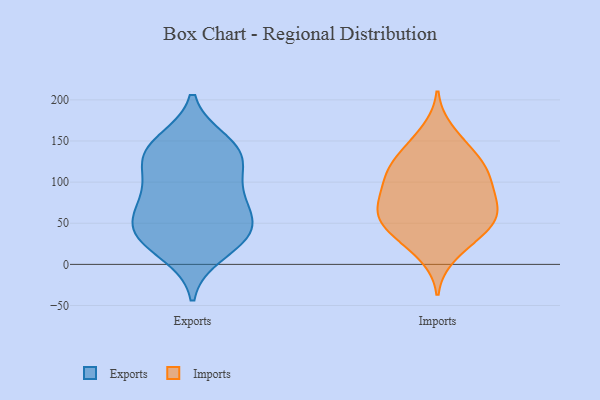
{"axis": {"x": "Latency (ms)", "y": "Value"}, "legend": ["Exports", "Imports"], "data": [{"x": "", "y": 124, "type": "Exports"}, {"x": "", "y": 79, "type": "Exports"}, {"x": "", "y": 86, "type": "Exports"}, {"x": "", "y": 14, "type": "Exports"}, {"x": "", "y": 34, "type": "Exports"}, {"x": "", "y": 31, "type": "Exports"}, {"x": "", "y": 46, "type": "Exports"}, {"x": "", "y": 47, "type": "Exports"}, {"x": "", "y": 84, "type": "Exports"}, {"x": "", "y": 148, "type": "Exports"}, {"x": "", "y": 128, "type": "Exports"}, {"x": "", "y": 47, "type": "Exports"}, {"x": "", "y": 140, "type": "Exports"}, {"x": "", "y": 136, "type": "Exports"}, {"x": "", "y": 115, "type": "Imports"}, {"x": "", "y": 67, "type": "Imports"}, {"x": "", "y": 49, "type": "Imports"}, {"x": "", "y": 109, "type": "Imports"}, {"x": "", "y": 162, "type": "Imports"}, {"x": "", "y": 46, "type": "Imports"}, {"x": "", "y": 143, "type": "Imports"}, {"x": "", "y": 11, "type": "Imports"}, {"x": "", "y": 121, "type": "Imports"}, {"x": "", "y": 73, "type": "Imports"}, {"x": "", "y": 114, "type": "Imports"}, {"x": "", "y": 138, "type": "Imports"}, {"x": "", "y": 53, "type": "Imports"}, {"x": "", "y": 35, "type": "Imports"}, {"x": "", "y": 86, "type": "Imports"}, {"x": "", "y": 61, "type": "Imports"}, {"x": "", "y": 87, "type": "Imports"}, {"x": "", "y": 66, "type": "Imports"}, {"x": "", "y": 102, "type": "Imports"}, {"x": "", "y": 28, "type": "Imports"}]}